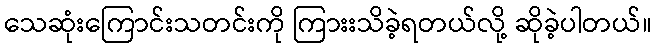
သေဆုံးကြောင်းသတင်းကို ကြားးသိခဲ့ရတယ်လို့ ဆိုခဲ့ပါတယ်။